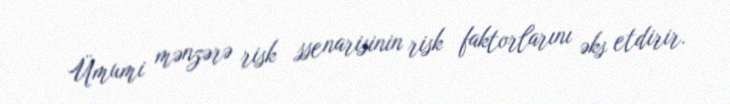
Ümumi mənzərə risk ssenarisinin risk faktorlarını əks etdirir.